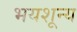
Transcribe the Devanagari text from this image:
भयशून्य